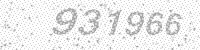
Solution: 931966